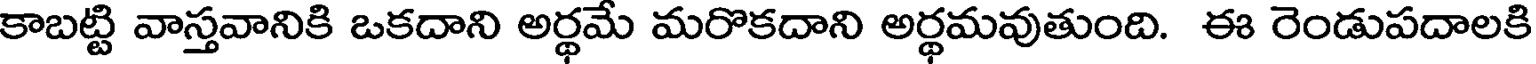
కాబట్టి వాస్తవానికి ఒకదాని అర్థమే మరొకదాని అర్థమవుతుంది. ఈ రెండుపదాలకి